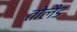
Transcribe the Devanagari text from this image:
तोलैंड